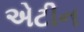
એટીન